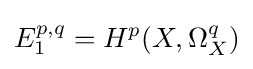
E_{1}^{p,q}=H^{p}(X,\Omega _{X}^{q})